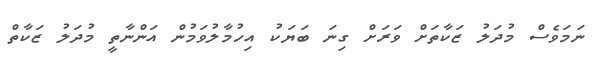
ނަމަވެސް މުދަލު ޒަކާތަށް ވަރަށް ގިނަ ބަޔަކު އިހުމާލުވަމުން އަންނާތީ މުދަލު ޒަކާތް